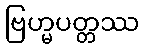
ဗြဟ္မပတ္တဿ